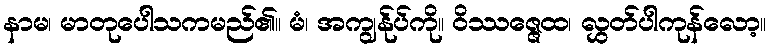
နာမ၊ မာတုပေါသကမည်၏။ မံ၊ အကျွန်ုပ်ကို။ ဝိဿဇ္ဇေထ၊ လွှတ်ပါကုန်လော့။